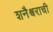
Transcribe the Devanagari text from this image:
शनैश्वराची